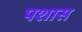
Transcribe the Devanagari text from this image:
पशास